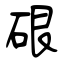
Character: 硍